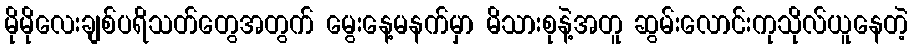
မိုမိုလေးချစ်ပရိသတ်တွေအတွက် မွေးနေ့မနက်မှာ မိသားစုနဲ့အတူ ဆွမ်းလောင်းကုသိုလ်ယူနေတဲ့